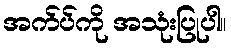
အက်ပ်ကို အသုံးပြုပါ။